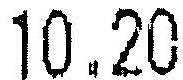
10.20